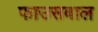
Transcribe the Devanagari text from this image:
फाउसबाल